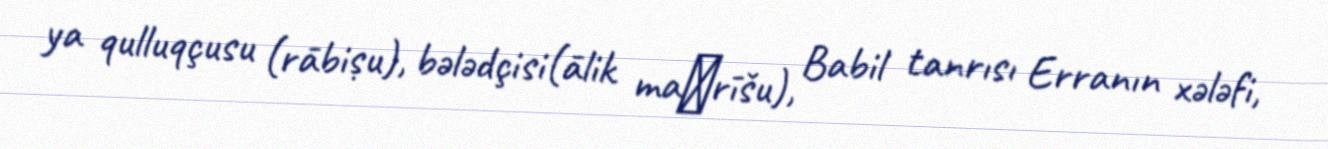
ya qulluqçusu (rābiṣu), bələdçisi(ālik maḫrīšu), Babil tanrısı Erranın xələfi,